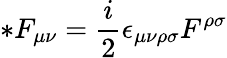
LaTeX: *F_{\mu\nu}=\frac{i}{2}\epsilon_{\mu\nu\rho\sigma}F^{\rho\sigma}